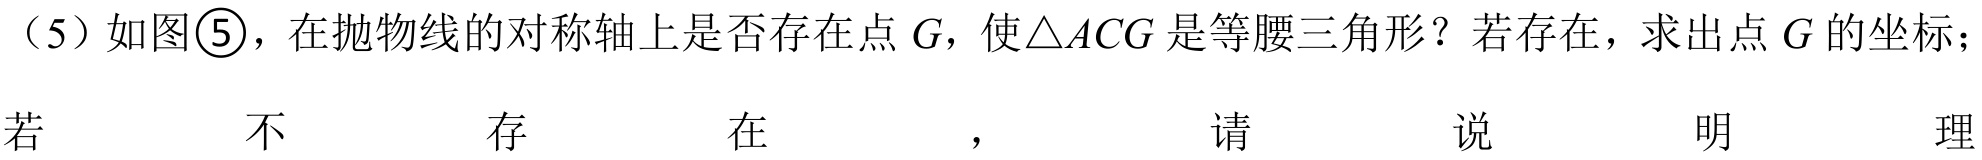
（5）如图\textcircled{5}，在抛物线的对称轴上是否存在点\(G\)，使\(\triangle ACG\)是等腰三角形？若存在，求出点\(G\)的坐标；若不存 在，请说明理